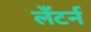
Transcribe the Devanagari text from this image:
लँटर्न